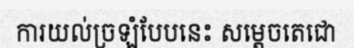
ការយល់ច្រឡំបែបនេះ សម្តេចតេជោ